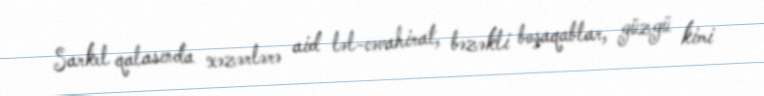
Sarkel qalasında xəzərlərə aid ləl-cəvahirat, bəzəkli boşaqablar, güzgü kimi